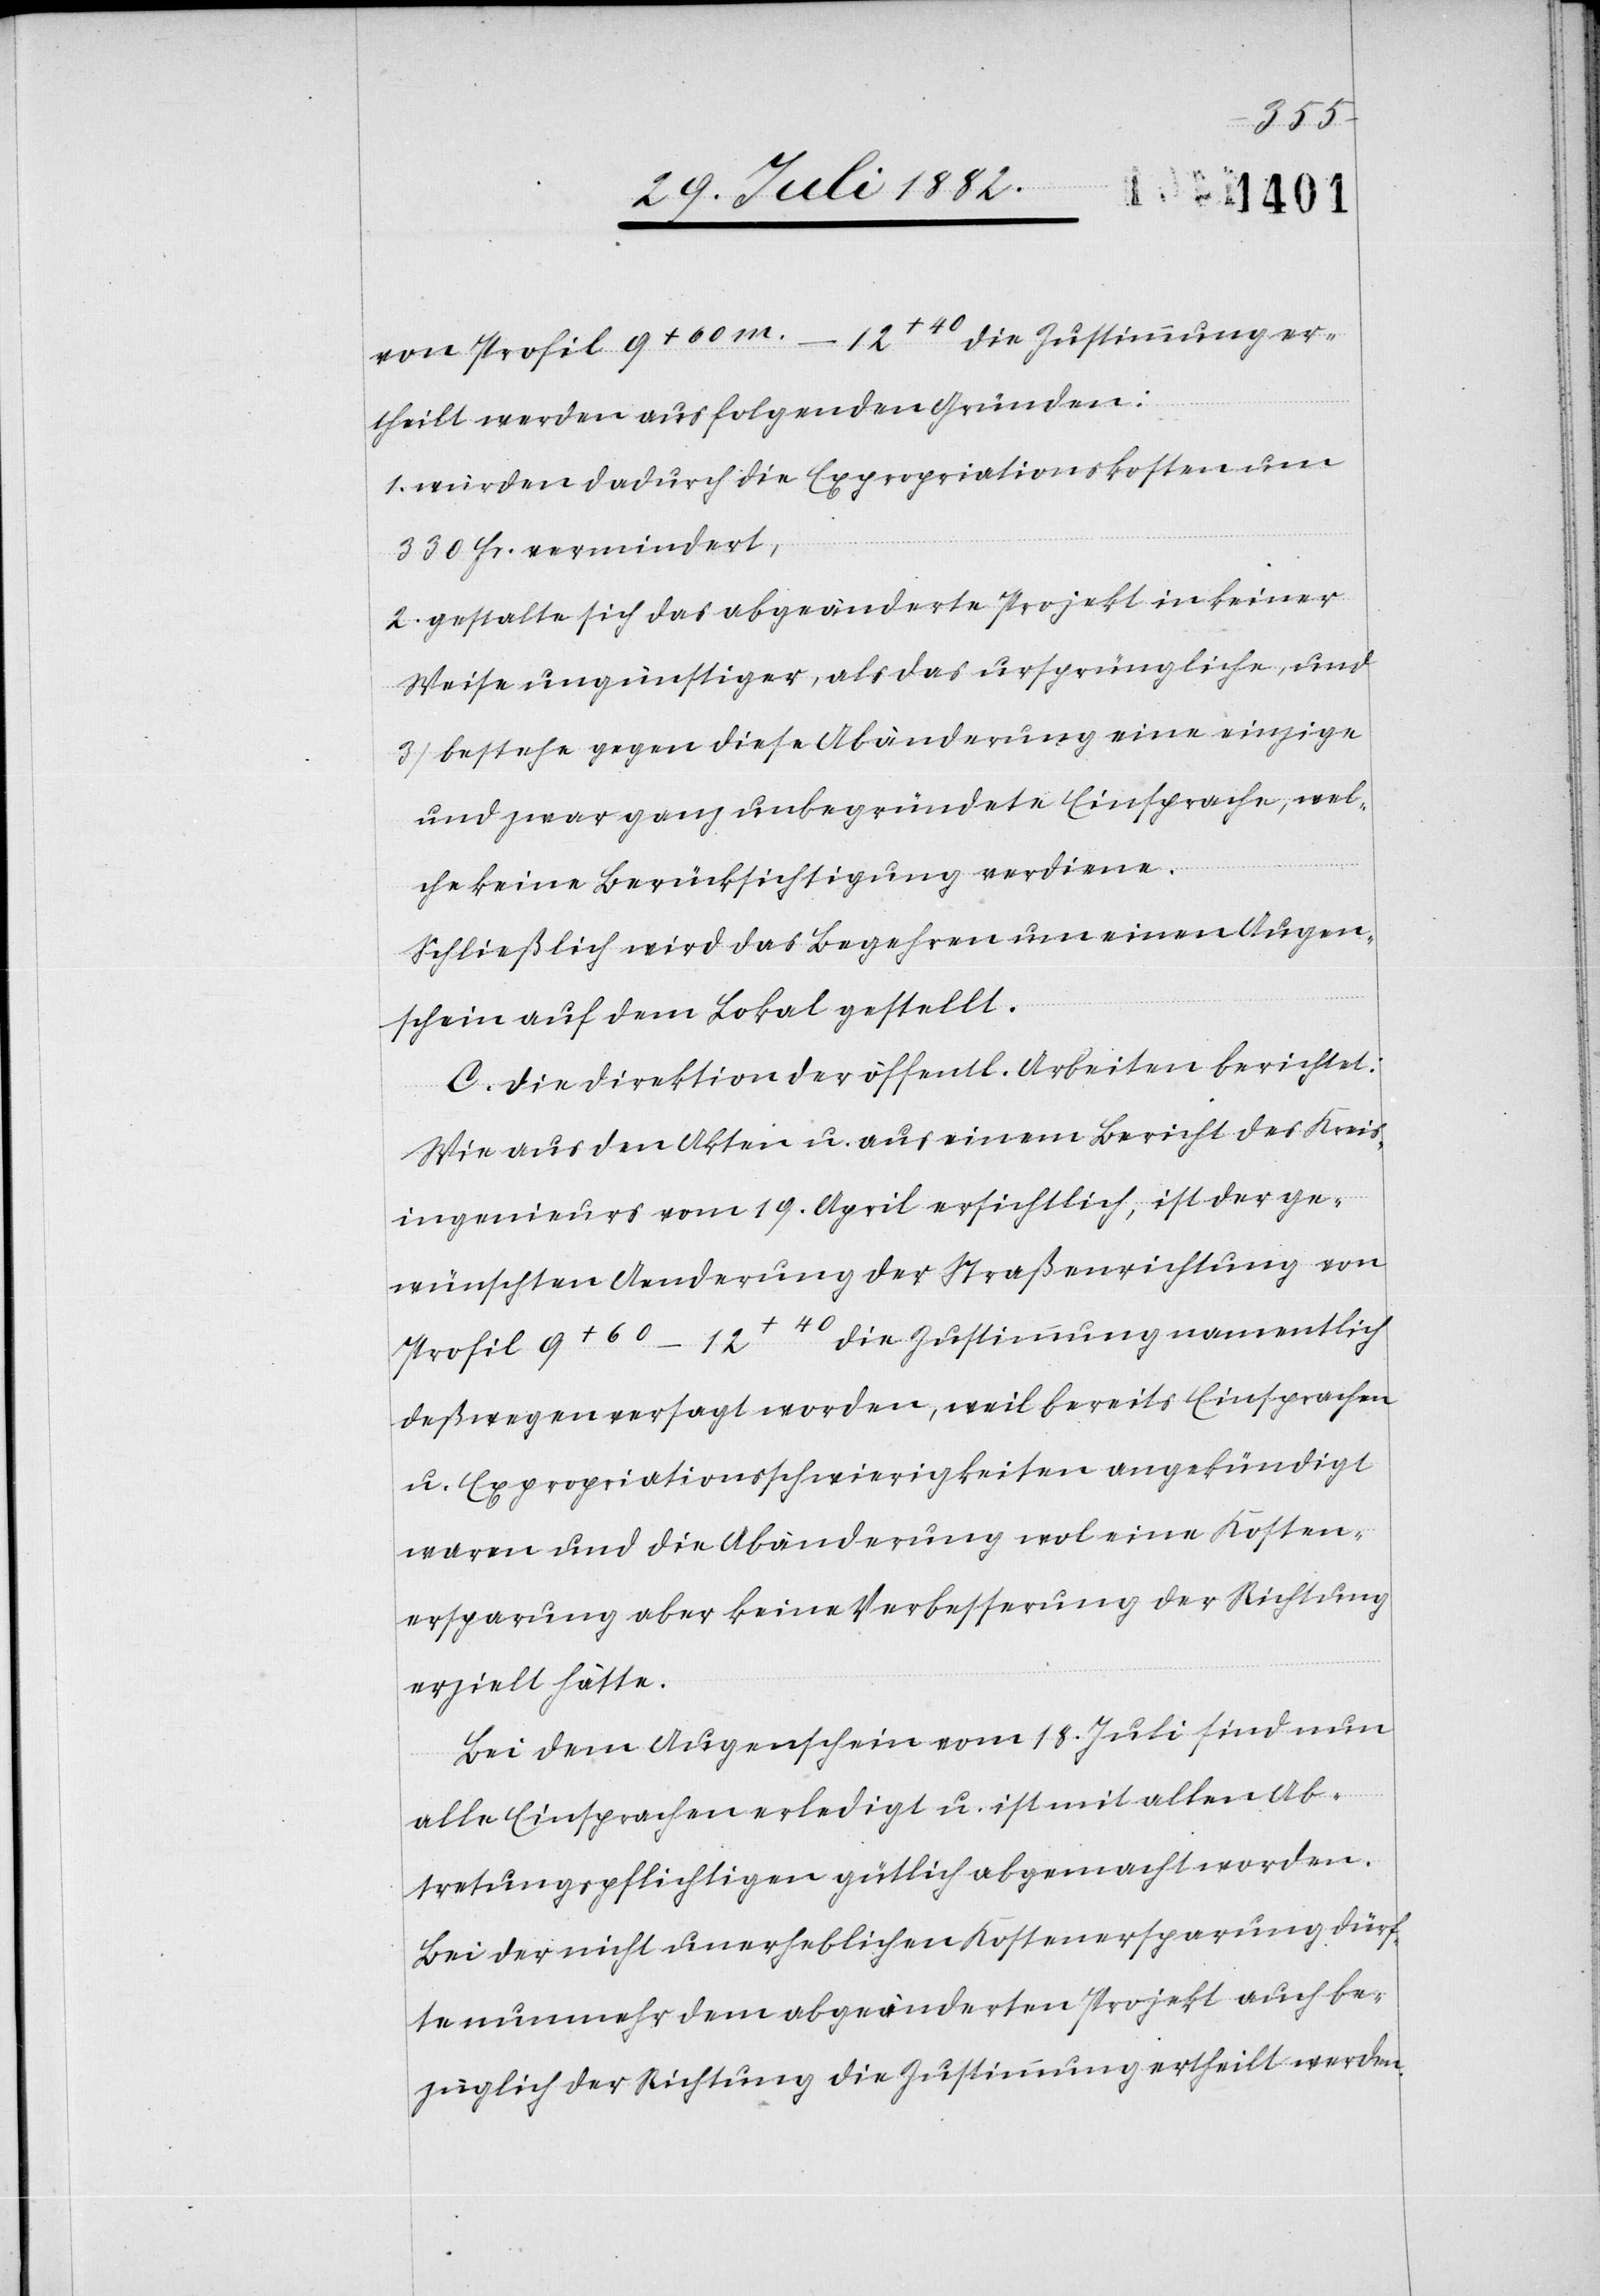
von Profil 9+60m.–12+40 die Zustimmung er¬
theilt werden aus folgenden Gründen:
1. würden dadurch die Expropriationskosten um
330 Fr. vermindert,
2. gestalte sich das abgeänderte Projekt in keiner
Weise ungünstiger, als das ursprüngliche, und
3. bestehe gegen diese Abänderung eine einzige
und zwar ganz unbegründete Einsprache, wel¬
che keine Berücksichtigung verdiene.
Schließlich wird das Begehren um einen Augen¬
schein auf dem Lokal gestellt.
C. Die Direktion der öffentl. Arbeiten berichtet:
Wie aus den Akten u. aus einem Bericht des Kreis¬
ingenieurs vom 19. April ersichtlich, ist der ge¬
wünschten Aenderung der Straßenrichtung von
9+60–12+40 die Zustimmung namentlich
deßwegen versagt worden, weil bereits Einsprachen
u. Expropriationsschwierigkeiten angekündigt
waren und die Abänderung wol eine Kosten¬
ersparung aber keine Verbesserung der Richtung
erzielt hätte.
Bei dem Augenschein vom 18. Juli sind nun
alle Einsprachen erledigt u. ist mit allen Ab¬
tretungspflichtigen gütlich abgemacht worden.
Bei der nicht unerheblichen Kostenersparung dürf¬
te nunmehr dem abgeänderten Projekt auch be¬
züglich der Richtung die Zustimmung ertheilt werden.